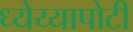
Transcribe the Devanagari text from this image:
ध्‍येय्यापोटी